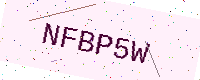
Text: NFBP5W